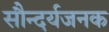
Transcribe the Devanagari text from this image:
सौन्दर्यजनक